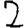
Digit: 2